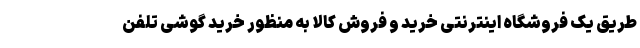
طریق یک فروشگاه اینترنتی خرید و فروش کالا به منظور خرید گوشی تلفن